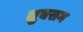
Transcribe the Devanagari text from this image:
ध्रुवसम